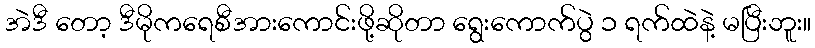
အဲဒီ တော့ ဒီမိုကရေစီအားကောင်းဖို့ဆိုတာ ရွေးကောက်ပွဲ ၁ ရက်ထဲနဲ့ မပြီးဘူး။